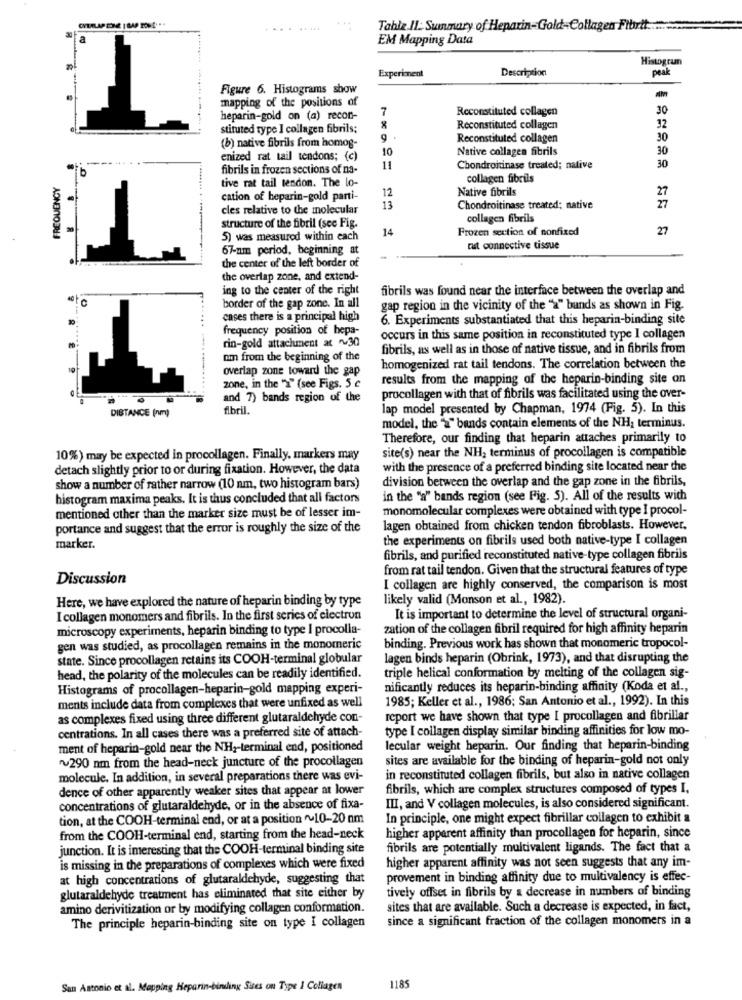
CNTALAP DONE | BAP TONE. ..
.... .....
Table IL: Summary of Heparin-Gold-Collagen Fibrtt ........
EM Mapping Data
Histogramn
Experiment
Description
peak
Figure 6. Histograms show
mapping of the positions of
7
Reconstituted collagen
30
heparin-gold on (a) recon-
stituted type I collagen fibrils;
Reconstituted collagen
32
9
Reconstituted collagen
30
(b) native fibrils from homog-
10
Native collagen fibrils
30
enized rat tail tendons; (c)
30
fibrils in frozen sections of na-
11
Chondroitinase treated; native
FREQUENCY
tive rat tail tendon. The lo-
collagen fibrils
Native fibrils
27
cation of heparin-gold parti-
12
cles relative to the molecular
13
Chondroitinase treated; native
collagen fibrils
structure of the fibril (see Fig.
14
Frozen section of nonfixed
27
5) was measured within each
67-nm period, beginning at
rut connective tissue
the center of the left border of
the overlap zone, and extend-
ing to the center of the right
fibrils was found near the interface between the overlap and
border of the gap zone. In all
gap region in the vicinity of the "2" bands as shown in Fig.
cases there is a principal high
6. Experiments substantiated that this heparin-binding site
frequency position of hepa-
rin-gold attachment at ~30
occurs in this same position in reconstituted type I collagen
fibrils, as well as in those of native tissue, and in fibrils from
om from the beginning of the
overlap zone toward the gap
homogenized rat tail tendons. The correlation between the
results from the mapping of the heparin-binding site on
zone, in the "2" (see Figs. 5 c
and 7) bands region of the
procollagen with that of fibrils was facilitated using the over-
DISTANCE (nm)
fibril.
lap model presented by Chapman, 1974 (Fig. 5). In this
model, the "2" bands contain elements of the NH; terminus.
Therefore, our finding that heparin attaches primarily to
site(s) near the NH, terminus of procollagen is compatible
10%) may be expected in procollagen. Finally, markers may
detach slightly prior to or during fixation. However, the data
with the presence of a preferred binding site located near the
division between the overlap and the gap zone in the fibrils,
show a number of rather narrow (10 nm, two histogram bars)
histogram maxima peaks. It is thus concluded that all factors
in the "a" bands region (see Fig. 5). All of the results with
mentioned other than the marker size must be of lesser im-
monomolecular complexes were obtained with type I procol-
portance and suggest that the error is roughly the size of the
lagen obtained from chicken tendon fibroblasts. However,
the experiments on fibrils used both native-type I collagen
marker.
fibrils, and purified reconstituted native-type collagen fibrils
from rat tail tendon. Given that the structural features of type
Discussion
I collagen are highly conserved, the comparison is most
Here, we have explored the nature of heparin binding by type
likely valid (Monson et al ., 1982).
I collagen monomers and fibrils. In the first series of electron
It is important to determine the level of structural organi-
microscopy experiments, heparin binding to type I procolla-
zation of the collagen fibril required for high affinity heparin
gen was studied, as procollagen remains in the monomeric
binding. Previous work has shown that monomeric tropocol-
state. Since procollagen retains its COOH-terminal globular
lagen binds heparin (Obrink, 1973), and that disrupting the
head, the polarity of the molecules can be readily identified.
triple helical conformation by melting of the collagen sig-
Histograms of procollagen-heparin-gold mapping experi-
nificantly reduces its heparin-binding affinity (Koda et al .,
1985; Keller et al ., 1986; San Antonio et al ., 1992). In this
ments include data from complexes that were unfixed as well
as complexes fixed using three different glutaraldehyde con-
report we have shown that type I procollagen and fibrillar
centrations. In all cases there was a preferred site of attach-
type I collagen display similar binding affinities for low mo-
ment of heparin-gold near the NH ,- terminal end, positioned
lecular weight heparin. Our finding that heparin-binding
290 nm from the head-neck juncture of the procollagen
sites are available for the binding of heparin-gold not only
molecule. In addition, in several preparations there was evi-
in reconstituted collagen fibrils, but also in native collagen
dence of other apparently weaker sites that appear at lower
fibrils, which are complex structures composed of types I.
concentrations of glutaraldehyde, or in the absence of fixa-
III, and V collagen molecules, is also considered significant.
tion, at the COOH-terminal end, or at a position ~~ 10-20 nm
In principle, one might expect fibrillar collagen to exhibit a
from the COOH-terminal end, starting from the head-neck
higher apparent affinity than procollagen for heparin, since
junction. It is imeresting that the COOH-terminal binding site
fibrils are potentially multivalent ligands. The fact that a
is missing in the preparations of complexes which were fixed
higher apparent affinity was not seen suggests that any im-
at high concentrations of glutaraldehyde, suggesting that
provement in binding affinity due to multivalency is effec-
tively offset in fibrils by a decrease in numbers of binding
glutaraldehyde treatment has eliminated that site either by
amino derivitization or by modifying collagen conformation.
sites that are available. Such a decrease is expected, in fact,
since a significant fraction of the collagen monomers in a
The principle heparin-binding site on type I collagen
San Antonio et al. Mapping Heparin-binding Sites on Type 1 Collagen
1185